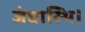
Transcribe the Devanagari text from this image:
जंघास्थि।